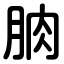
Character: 朒